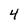
Character: 4